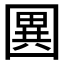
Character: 𭍭